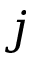
j